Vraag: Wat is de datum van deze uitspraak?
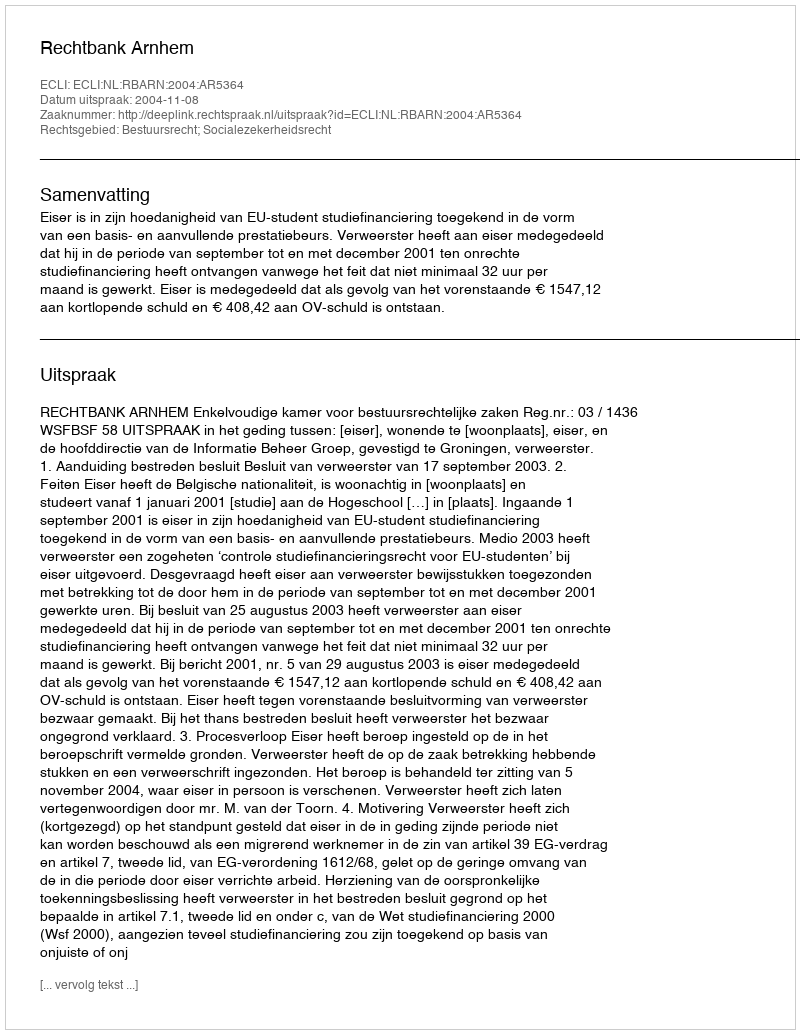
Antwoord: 2004-11-08